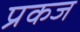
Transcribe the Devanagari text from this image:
प्रकज